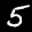
Label: 5